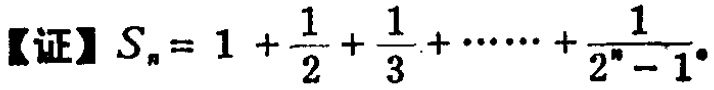
【证】\(S_{n}=1+\frac{1}{2}+\frac{1}{3}+\cdots+\frac{1}{2^{n}-1}\)